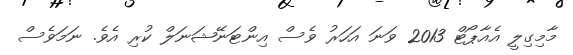
މާމިގިލީ އެއާޕޯޓް 2013 ވަނަ އަހަރު ވެސް އިންޓަނޭޝަނަލް ކުރި އެވެ. ނަމަވެސް